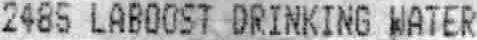
2485 LABOOST DRINKING WATER